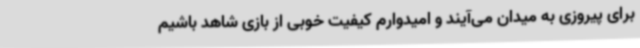
برای پیروزی به میدان می‌آیند و امیدوارم کیفیت خوبی از بازی شاهد باشیم